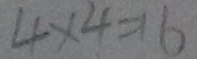
4 \times 4 = 1 6